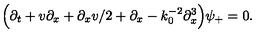
\Bigl ( \partial _ { t } + v \partial _ { x } + \partial _ { x } v / 2 + \partial _ { x } - k _ { 0 } ^ { - 2 } \partial _ { x } ^ { 3 } \Bigr ) \psi _ { + } = 0 .